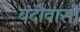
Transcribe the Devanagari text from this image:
बंदीवासी